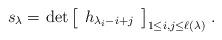
LaTeX: \begin{align*}s_\lambda =&\, \det\left[\begin{array}{c} h_{\lambda_i-i+j}\end{array}\right]_{1\leq i,j\leq\ell(\lambda)}\,.\end{align*}